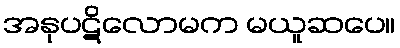
အနုပဋိလောမက မယူဆပေ။